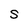
Character: S